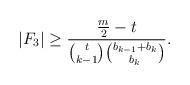
LaTeX: \begin{align*}|F_3|\ge\frac{\frac m2-t}{\binom t{k-1}\binom{b_{k-1}+b_{k}}{b_k}}.\end{align*}